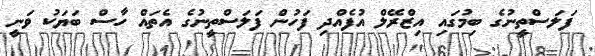
ފަލަސްތީނުގެ ބިމުގައި އިޒްރޭލް އުފެއްދި ފަހުން ފަލަސްތީނުގެ އެތައް ހާސް ބަޔަކު ވަނީ